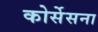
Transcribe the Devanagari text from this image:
कोर्सेसना